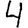
Digit: 4